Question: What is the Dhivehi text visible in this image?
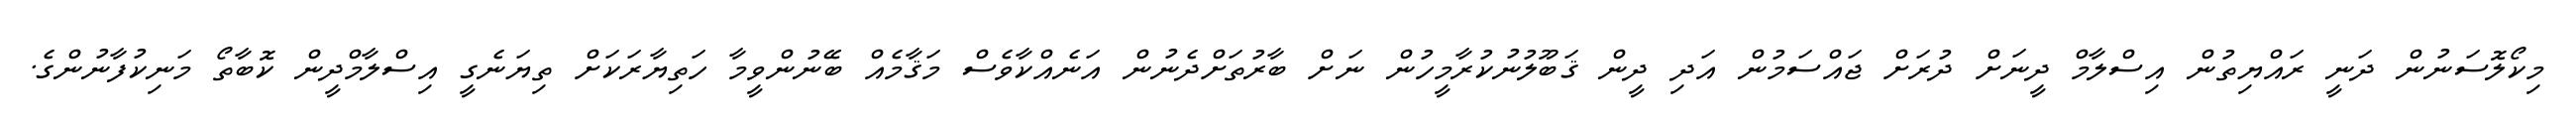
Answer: މިކޯލޮސަނުން ދަނީ ރައްޔިތުން އިސްލާމް ދީނަށް ދުރަށް ޖައްސަމުން އަދި ދީން ޤަބޫލުނުކުރާމީހުން ނަށް ބާރުތަށްދެނުން އަނެއްކާވެސް މަޤާމެއް ބޭނުންވީމާ ހަތިޔާރަކަށް ތިޔަނެގީ އިސްލާމްދީން ކޮބާތޯ މަނިކުފާނުންގެ.